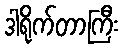
ဒါရိုက်တာကြီး